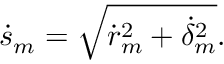
\dot { s } _ { m } = \sqrt { \dot { r } _ { m } ^ { 2 } + \dot { \delta } _ { m } ^ { 2 } } .